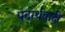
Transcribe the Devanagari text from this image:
पदार्थवादी